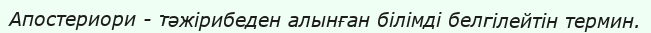
Апостериори - тәжірибеден алынған білімді белгілейтін термин.